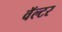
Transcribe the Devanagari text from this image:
वॅल्टर